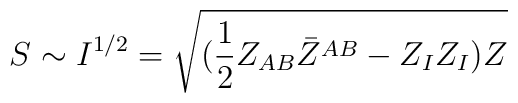
S \sim I^{1/2}= \sqrt{({1\over 2} Z_{AB}\bar Z^{AB} -Z_I Z_I)Z }